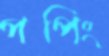
পপিং